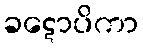
ခဋောပိကာ